Note on the mental hospitals in Burma - 1925-1940
Year: 1925
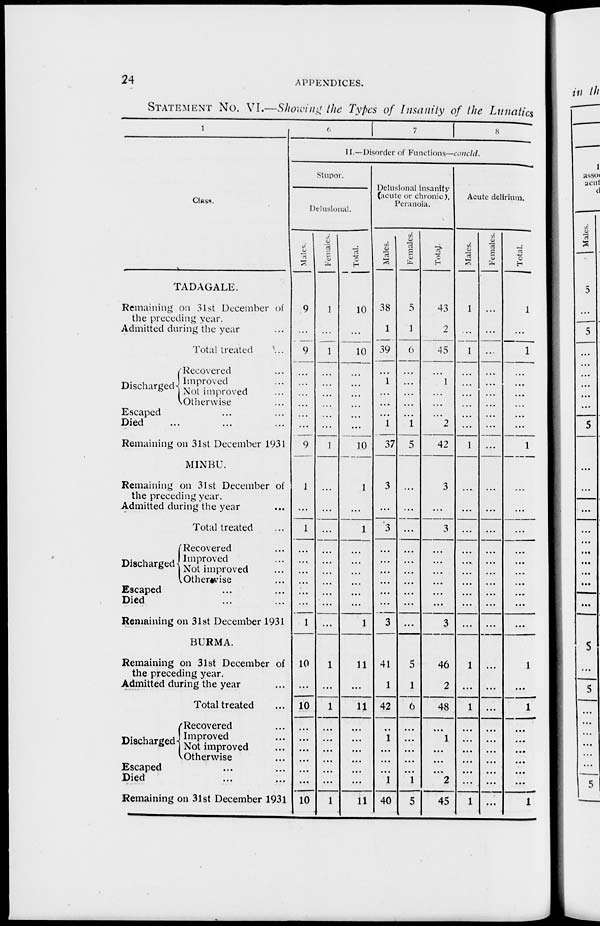
24
APPENDICES.
STATEMENT NO. VI.—Showing the Types of Insanity of the Lunatics
1
Class.
TADAGALE.
Remaining on 31st December of
the preceding year.
Admitted during the year ...
Total treated ...
Discharged
Recovered ...
Improved ...
Not improved ...
Otherwise ...
Escaped ... ...
Died ... ... ...
Remaining on 31st December 1931
MINBU.
Remaining on 31st December of
the preceding year.
Admitted during the year ...
Total treated ...
Discharged
Recovered ...
Improved ...
Not improved ...
Otherwise ...
Escaped ... ...
Died ... ...
Remaining on 31st December 1931
BURMA.
Remaining on 31st December of
the preceding year.
Admitted during the year ...
Total treated ...
Discharged
Recovered ...
Improved ...
Not improved ...
Otherwise ...
Escaped ... ...
Died ... ...
Remaining on 31st December 1931
6
7
8
II.—Disorder of Functions—concld.
Stupor.
Delusional.
Males.
9
...
9
...
...
...
...
...
...
9
1
...
1
...
...
...
...
...
...
1
10
...
10
...
...
...
...
...
...
10
Females.
1
...
1
...
...
...
...
...
...
1
...
...
...
...
...
...
...
...
...
...
1
...
1
...
...
...
...
...
...
1
Total.
10
...
10
...
...
...
...
...
...
10
1
...
1
...
...
...
...
...
...
1
11
...
11
...
...
...
...
...
...
11
Delusional Insanity
(acute or chronic),
Peranoia.
Males.
38
1
39
...
1
...
...
...
1
37
3
...
3
...
...
...
...
...
...
3
41
1
42
...
1
...
...
...
1
40
Females.
5
1
6
...
...
...
...
...
1
5
...
...
...
...
...
...
...
...
...
...
5
1
6
...
...
...
...
...
1
5
Total.
43
2
45
...
1
...
...
...
2
42
3
...
3
...
...
...
...
...
...
3
46
2
48
...
1
...
...
...
2
45
Acute delirium.
Males.
1
...
1
...
...
...
...
...
...
1
...
...
...
...
...
...
...
...
...
...
1
...
1
...
...
...
...
...
...
1
Females.
...
...
...
...
...
...
...
...
...
...
...
...
...
...
...
...
...
...
...
...
...
...
...
...
...
...
...
...
...
...
Total.
1
...
1
...
...
...
...
...
...
1
...
...
...
...
...
...
...
...
...
...
1
...
1
...
...
...
...
...
...
1